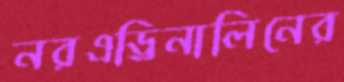
নরএড্রিনালিনের